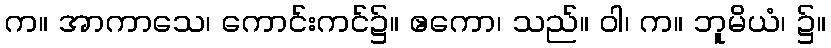
က။ အာကာသေ၊ ကောင်းကင်၌။ ဧကော၊ သည်။ ဝါ၊ က။ ဘူမိယံ၊ ၌။